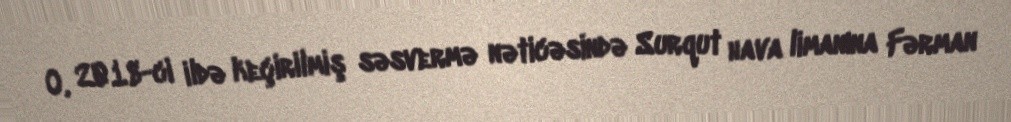
O, 2018-ci ildə keçirilmiş səsvermə nəticəsində Surqut hava limanına Fərman